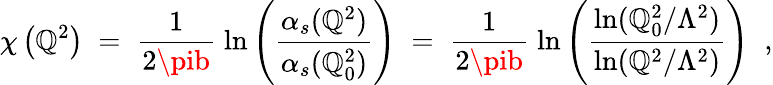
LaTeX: \chi\left(\mathbb{Q}^{2}\right)\; =\; \frac{{1}}{{2\pib}}\; \ln\left(\frac{{\alpha_{s}(\mathbb{Q}^{2})}}{{\alpha_{s}(\mathbb{Q}_{0}^{2})}}\right)\; =\; \frac{{1}}{{2\pib}}\; \ln\left(\frac{{\ln(\mathbb{Q}_{0}^{2}/\Lambda^{2})}}{{\ln(\mathbb{Q}^{2}/\Lambda^{2})}}\right)\; \; ,